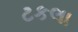
ટકલા